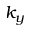
k _ { y }